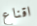
اقناع